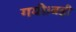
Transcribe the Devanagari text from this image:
गयी।बड़ी